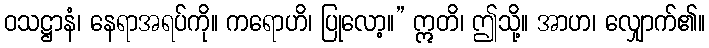
ဝသဋ္ဌာနံ၊ နေရာအရပ်ကို။ ကရောဟိ၊ ပြုလော့။” ဣတိ၊ ဤသို့။ အာဟ၊ လျှောက်၏။